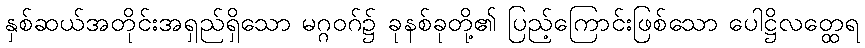
နှစ်ဆယ်အတိုင်းအရှည်ရှိသော မဂ္ဂဝဂ်၌ ခုနစ်ခုတို့၏ ပြည့်ကြောင်းဖြစ်သော ပေါဋ္ဌိလတ္ထေရ